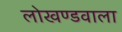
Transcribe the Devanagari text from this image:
लोखण्डवाला